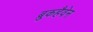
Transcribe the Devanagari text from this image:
ब्रुकहैवेन